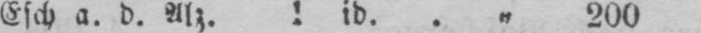
id. .„ 200